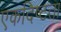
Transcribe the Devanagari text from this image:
एकदिष्‍टता